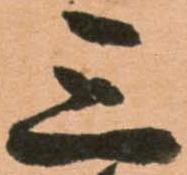
三